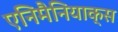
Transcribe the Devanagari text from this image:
एनिमैनियाक्स